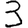
Digit: 3